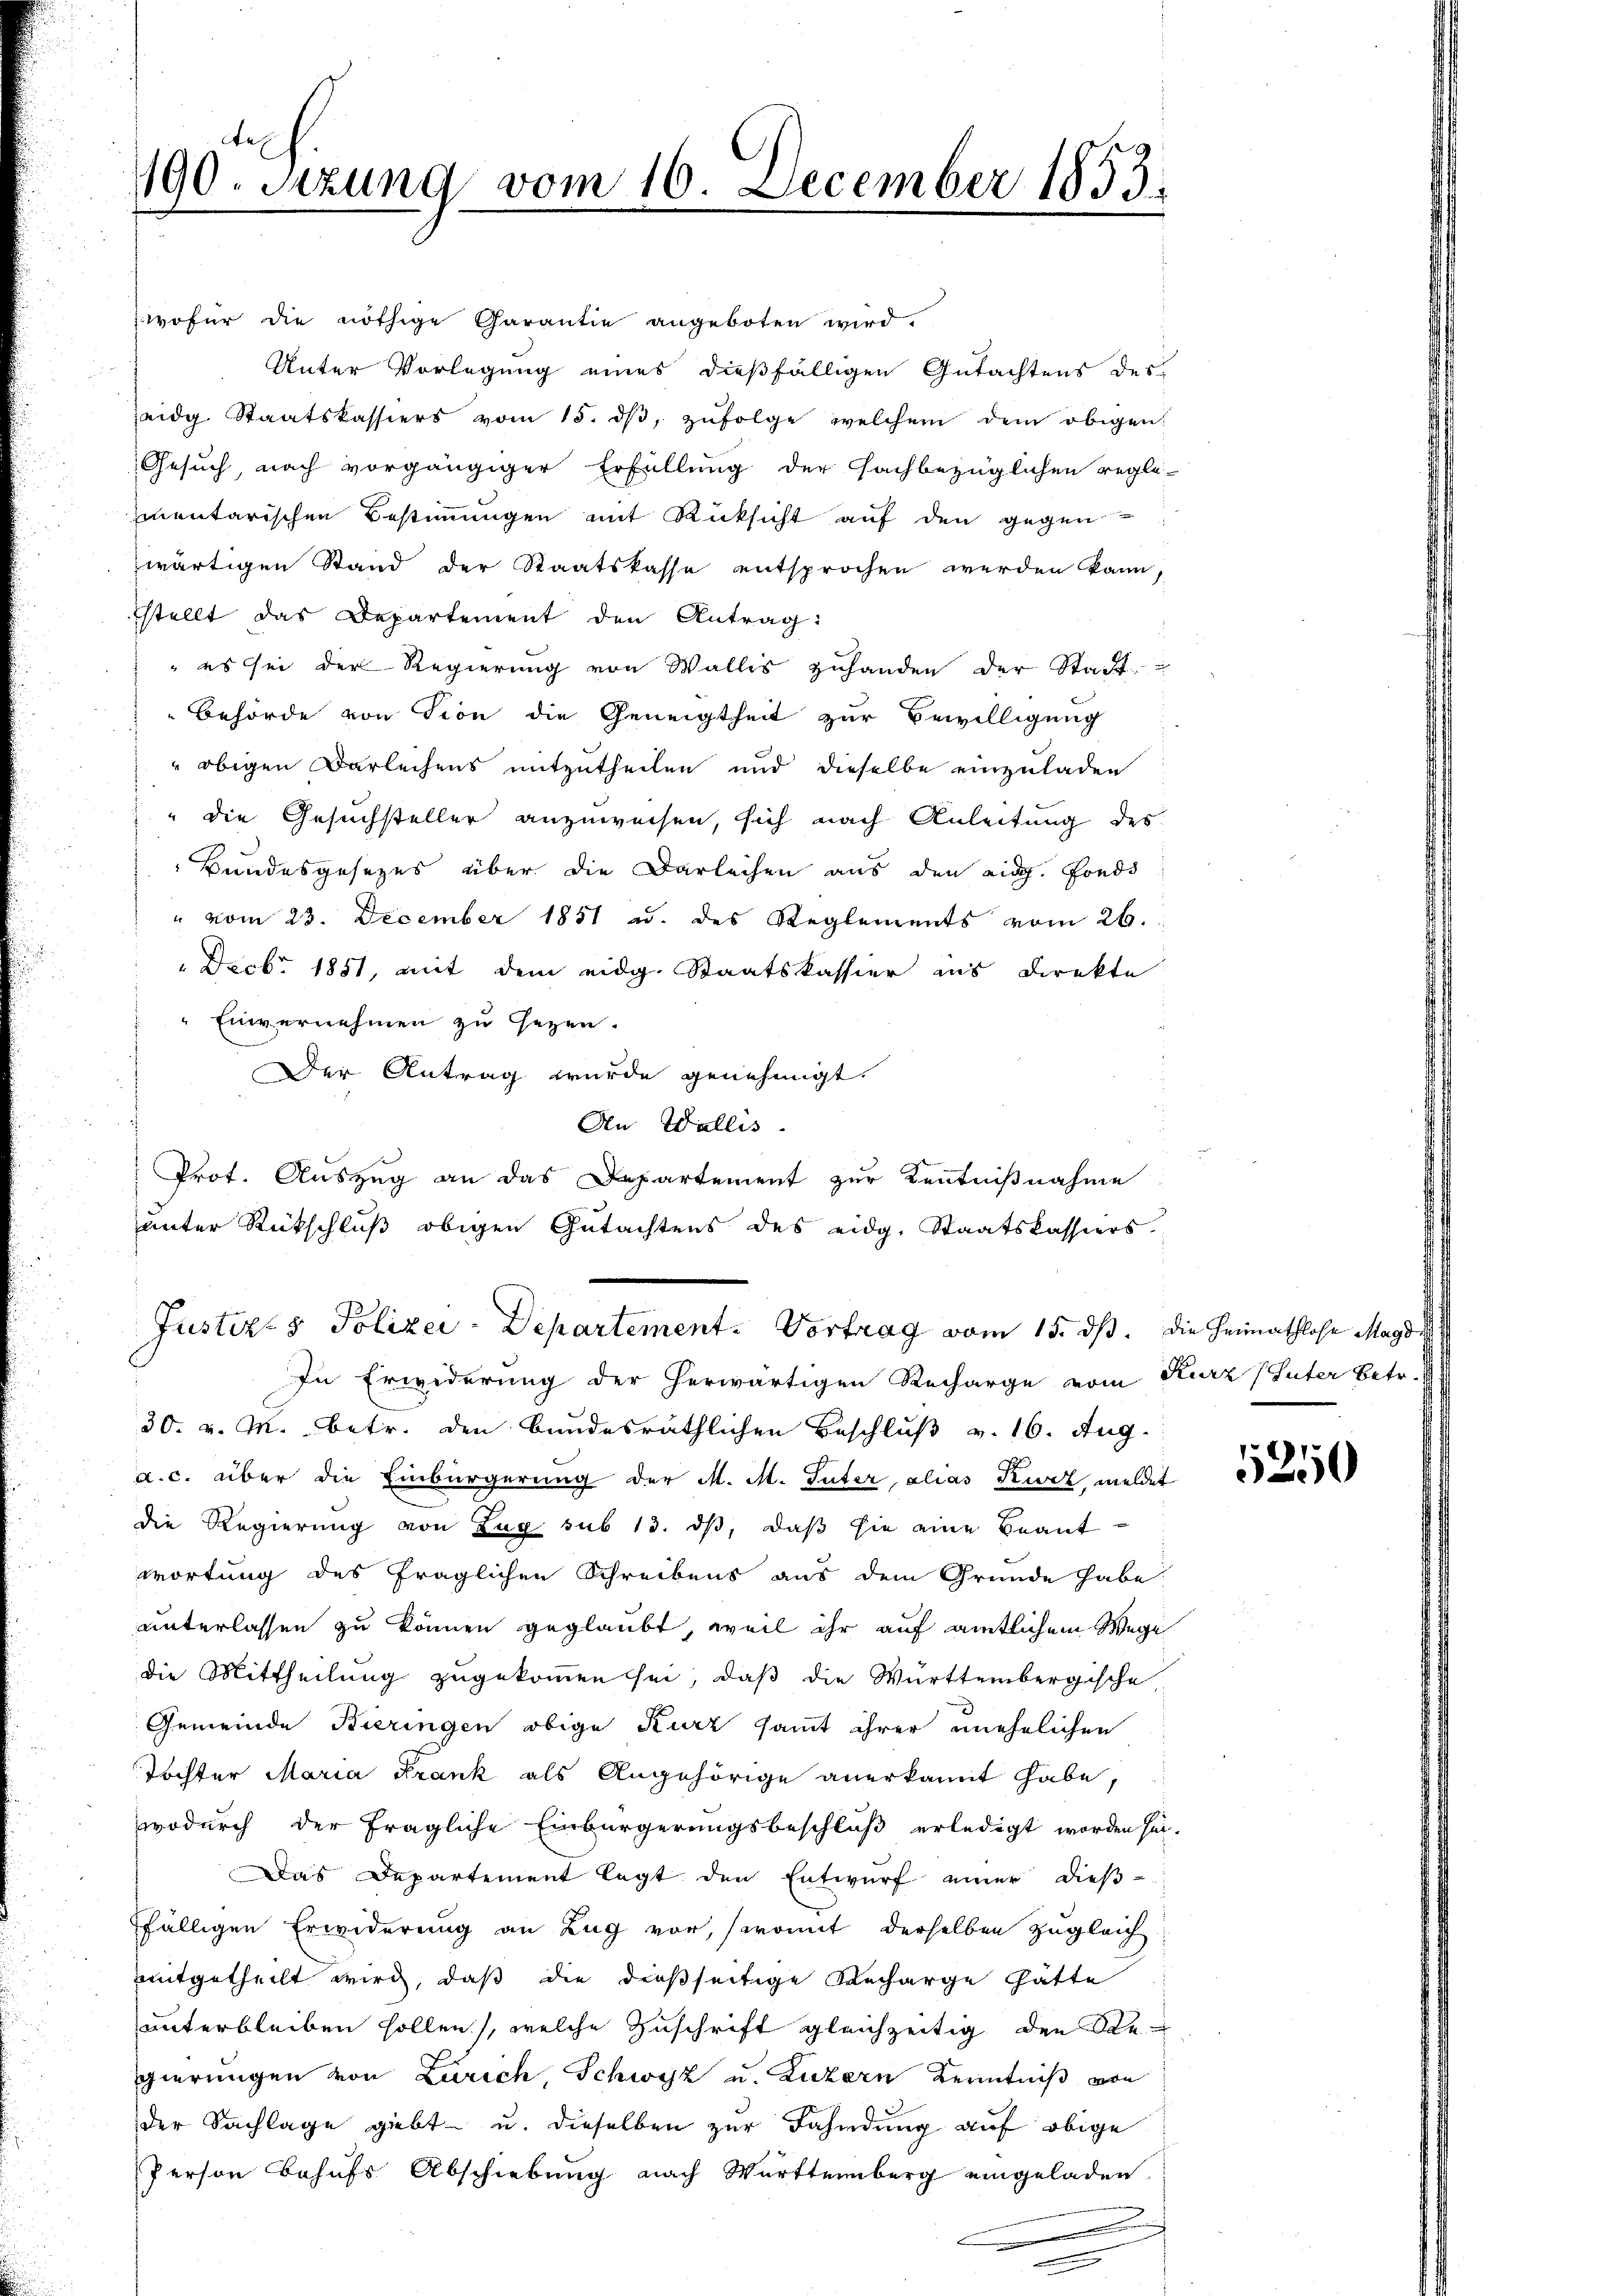
190. Sitzung vom 10. December 1853.

wofür die nöthige Garantie angeboten wird.
Unter Vorlegung eines dießfälligen Gutachtens des
eidg. Staatskassiers vom 15. dβ, zŭfolge welchem dem obigen:
Gesuch, nach vorgängiger Erfüllung der Fachbezüglichen regle-
imentarischen Bestimmungen mit Rücksicht auf den gegen
wärtigen Stand der Staatskasse entsprochen werden kann,
stellt das Departement den Antrag:
 es sei der Regierung von Wallis zuhanden der Stadt-
Behörde von Tion die Geneigtheit zur Bewilligung
 obigen Darleihens mitzutheilen und dieselbe einzuladen
" die Gesuchsteller anzuweisen, sich nach Anleitung des
Bundesgesezes über die Darleihen aus den eid. Fonds
" vom 23. December 1851 u. des Reglements vom 26.
 Decbr. 1851, mit dem eidg. Staatskassier ins Direkte
Einvernehmen zu gegen.
Der Antrag wurde genehmigt.
An Wallis
Prof. Auszug an das Departement zur Kenntnißnahme
unter Rückschluß obigen Gutachtens des eidg. Staatskassiers.
Justizs Polizei-Departement. Vortrag vom 15. ds. die Heimathlose Magde
In Erwiderung der herwärtigen Recharge vom Kurz (Luter Betr.
30. v. M. betr. den bundesräthlichen Beschluß v. 16. Aug.
a. c. über die Einbürgerung der M. M. Tuter, alias Kiez meldet
die Regierung von Zug sub 13. ds, daß sie eine Beant
wortung des fraglichen Schreibens aus dem Gründe habe
unterlassen zu können geglaubt, weil ihr auf amtlichem Wege
die Mittheilung zugekommen sei, daß die Württembergische
Gemeinde Bieringen obige Kurz sammt ihrer unehelichen
Tochter Maria Frank als Angehörige anerkannt habe,
wodurch der fragliche Einbürgerungsbeschluß erledigt worden sei.
Das Departement legt den Entwurf einer dieß-
ffälligen Erwiderung an Zug vor, somit derselben zugleich
mitgetheilt wird, daß die dießseitige Recharge hätte
unterbleiben sollen), welche Zuschrift gleichzeitig den Re
gierungen von Zürich, Schwyz u. Luzern Kenntniß von
der Sachlage giebt u. dieselben zur Fahndung auf obige
Person Behufs Abschiebung nach Württemberg eingeladen

1210